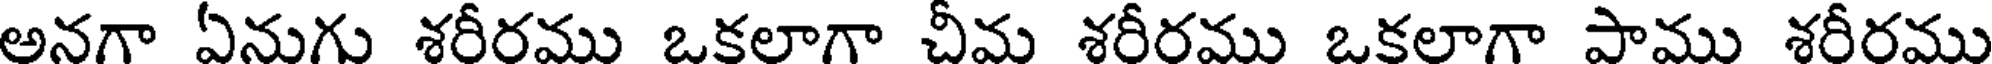
అనగా ఏనుగు శరీరము ఒకలాగా చీమ శరీరము ఒకలాగా పాము శరీరము